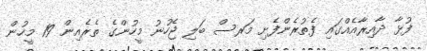
ފުޅާ ދާއިރާއެއްގައި ފެތުރެންފެށި މަރސް ބަލި ޖެހުނު މީހުންގެ ތެރެއިން 19 މީހުން